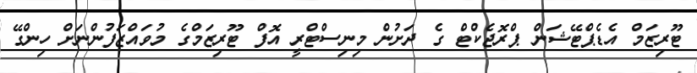
ޓޫރިޒަމް އެޑެޕްޓޭޝަން ޕްރޮޖެކްޓް ގެ ދަށުން މިނިސްޓްރީ އޮފް ޓޫރިޒަމްގެ މުވައްޒަފުންނަށް ހިންގޭ